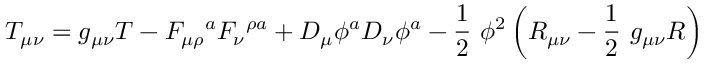
T _ { \mu \nu } = g _ { \mu \nu } T - F _ { \mu \rho } \mathrm { } ^ { a } F _ { \nu } \mathrm { } ^ { \rho a } + D _ { \mu } \phi ^ { a } D _ { \nu } \phi ^ { a } - \frac { 1 } { 2 } \ \phi ^ { 2 } \left( R _ { \mu \nu } - \frac { 1 } { 2 } \ g _ { \mu \nu } R \right)